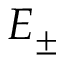
E _ { \pm }